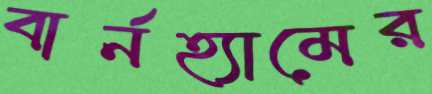
বার্নহ্যামের